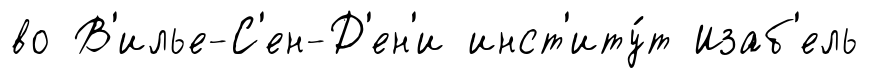
во В'илье-С'ен-Д'ен'и инст'иту́т Изаб'ель